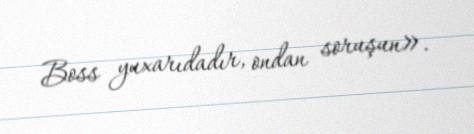
Boss yuxarıdadır, ondan soruşun».